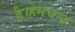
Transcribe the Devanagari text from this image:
है।हेमचन्द्र